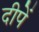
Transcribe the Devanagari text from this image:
दीपें